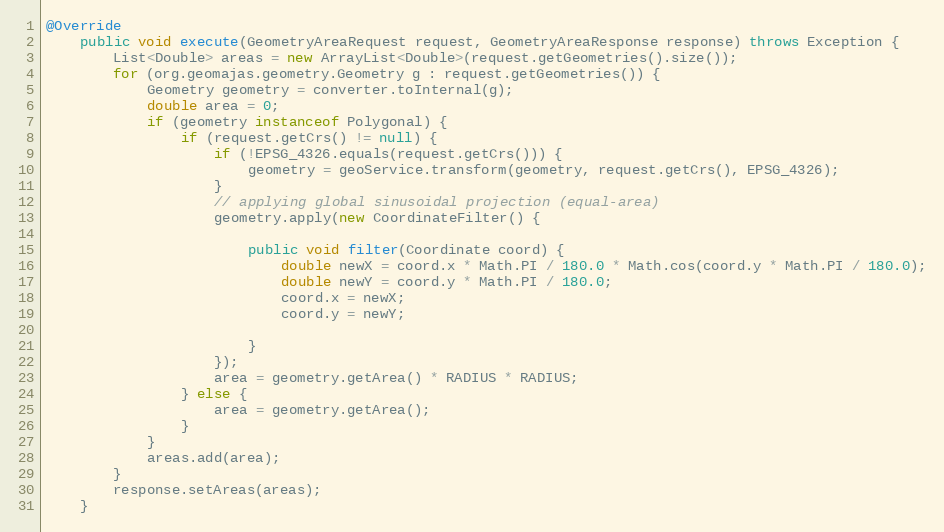
Language: Java
@Override
	public void execute(GeometryAreaRequest request, GeometryAreaResponse response) throws Exception {
		List<Double> areas = new ArrayList<Double>(request.getGeometries().size());
		for (org.geomajas.geometry.Geometry g : request.getGeometries()) {
			Geometry geometry = converter.toInternal(g);
			double area = 0;
			if (geometry instanceof Polygonal) {
				if (request.getCrs() != null) {
					if (!EPSG_4326.equals(request.getCrs())) {
						geometry = geoService.transform(geometry, request.getCrs(), EPSG_4326);
					}
					// applying global sinusoidal projection (equal-area)
					geometry.apply(new CoordinateFilter() {

						public void filter(Coordinate coord) {
							double newX = coord.x * Math.PI / 180.0 * Math.cos(coord.y * Math.PI / 180.0);
							double newY = coord.y * Math.PI / 180.0;
							coord.x = newX;
							coord.y = newY;

						}
					});
					area = geometry.getArea() * RADIUS * RADIUS;
				} else {
					area = geometry.getArea();
				}
			}
			areas.add(area);
		}
		response.setAreas(areas);
	}